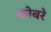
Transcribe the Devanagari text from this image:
कोबरे